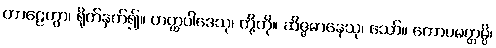
တာဠေတွာ၊ ရိုက်နှက်၍။ ဟတ္ထပါဒေသု၊ တို့ကို။ ဆိဇ္ဇမာနေသု၊ သော်။ ကောပမတ္တမ္ပိ၊